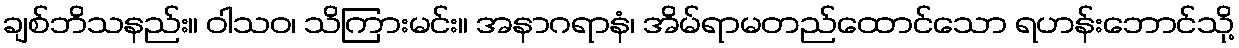
ချစ်ဘိသနည်း။ ဝါသဝ၊ သိကြားမင်း။ အနာဂရာနံ၊ အိမ်ရာမတည်ထောင်သော ရဟန်းဘောင်သို့